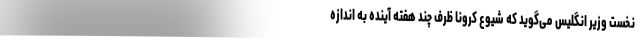
نخست وزیر انگلیس می‌گوید که شیوع کرونا ظرف چند هفته‌ آینده به اندازه